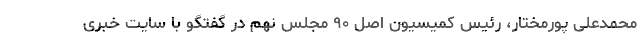
محمدعلی پورمختار، رئیس کمیسیون اصل ۹۰ مجلس نهم در گفتگو با سایت خبری